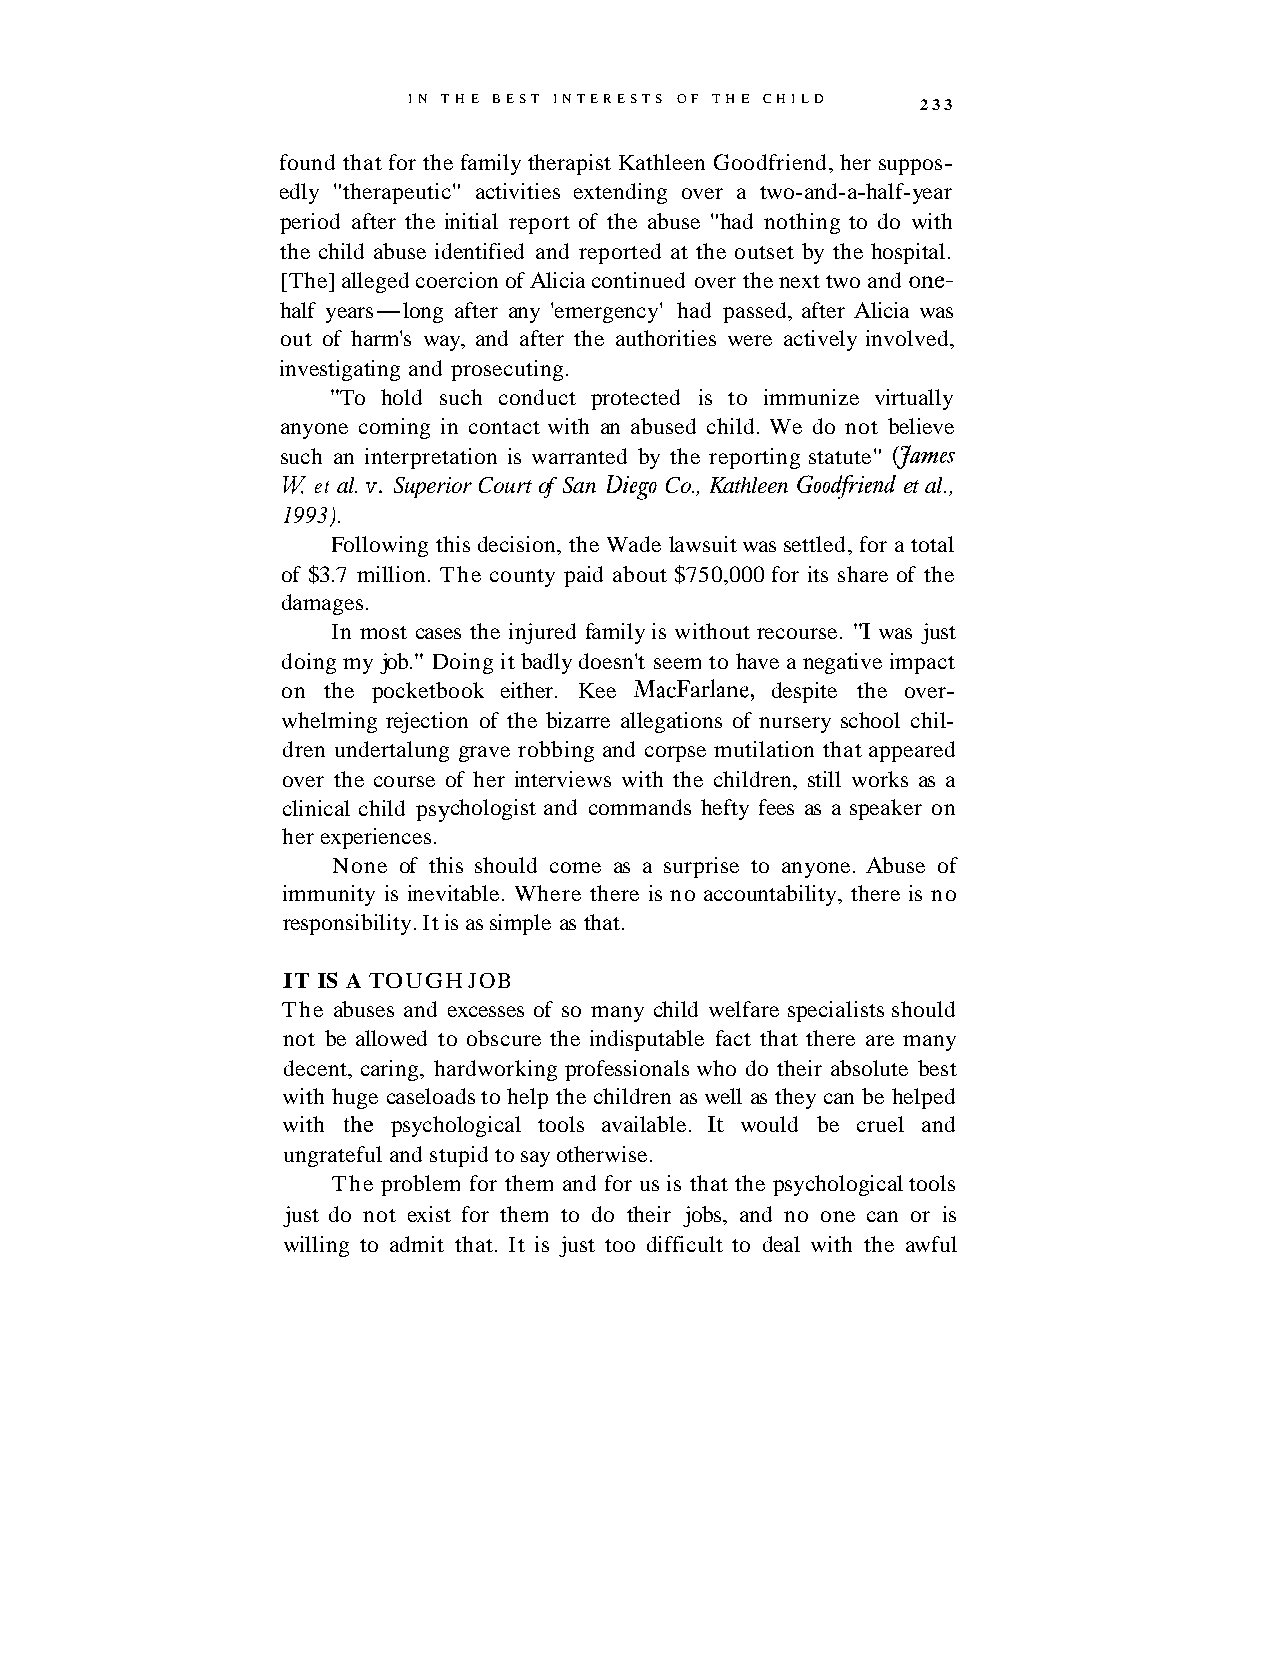
IN T H E BEST INTERESTS OF THE CHILD 233
 found that for the family therapist Kathleen Goodfriend, her suppos-
 edly "therapeutic" activities extending over a two-and-a-half-year
 period after the initial report of the abuse "had nothing to do with
 the child abuse identified and reported at the outset by the hospital.
 [The] alleged coercion of Alicia continued over the next two and one-
 half years-long after any 'emergency' had passed, after Alicia was
 out of harm's way, and after the authorities were actively involved,
 investigating and prosecuting.
 "To hold such conduct protected is to immunize virtually
 anyone coming in contact with an abused child. We do not believe
 such an interpretation is warranted by the reporting statute" vames
 W et al. v. Superior Court of San Diego Co., Kathleen Goodfiiend et al.,
 1993).
 Following this decision, the Wade lawsuit was settled, for a total
 of $3.7 million. The county paid about $750,000 for its share of the
 damages.
 In most cases the injured family is without recourse. "I was just
 doing my job." Doing it badly doesn't seem to have a negative impact
 on the pocketbook either. Kee MacFarlane, despite the over-
 whelming rejection of the bizarre allegations of nursery school chil-
 dren undertalung grave robbing and corpse mutilation that appeared
 over the course of her interviews with the children, still works as a
 clinical child psychologist and commands hefty fees as a speaker on
 her experiences.
 None of this should come as a surprise to anyone. Abuse of
 immunity is inevitable. Where there is no accountability, there is no
 responsibility. It is as simple as that.
 IT IS A TOUGH JOB
 The abuses and excesses of so many child welfare specialists should
 not be allowed to obscure the indisputable fact that there are many
 decent, caring, hardworking professionals who do their absolute best
 with huge caseloads to help the children as well as they can be helped
 with the psychological tools available. It would be cruel and
 ungrateful and stupid to say otherwise.
 The problem for them and for us is that the psychological tools
 just do not exist for them to do their jobs, and no one can or is
 willing to admit that. It is just too difficult to deal with the awful